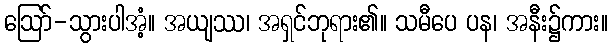
ဩော်-သွားပါအံ့။ အယျဿ၊ အရှင်ဘုရား၏။ သမီပေ ပန၊ အနီး၌ကား။